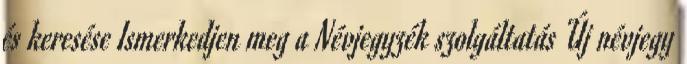
és keresése Ismerkedjen meg a Névjegyzék szolgáltatás Új névjegy